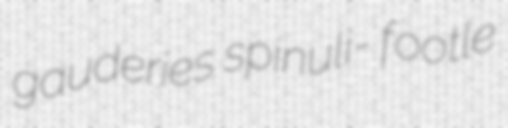
gauderies spinuli- footle